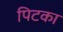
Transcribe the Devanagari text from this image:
पिटका